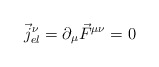
\begin{align*}\vec{j}_{el}^\nu = \partial_\mu \vec{F}^{\mu \nu} = 0\end{align*}